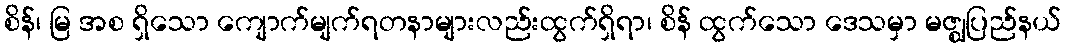
စိန်၊ မြ အစ ရှိသော ကျောက်မျက်ရတနာများလည်းထွက်ရှိရာ၊ စိန် ထွက်သော ဒေသမှာ မဇ္ဈပြည်နယ်